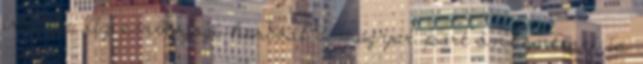
irodába. Az emberjogi harcost a magyar párt önkéntesei is